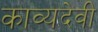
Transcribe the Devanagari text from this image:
काव्यदेवी